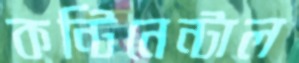
কন্টিনেন্টাল